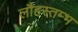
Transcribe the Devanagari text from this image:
लौहस्तम्भ